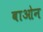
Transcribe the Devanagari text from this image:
बाओन